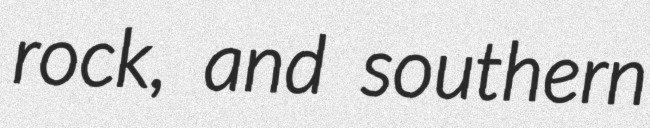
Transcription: rock, and southern